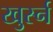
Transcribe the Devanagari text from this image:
खुर्स्न